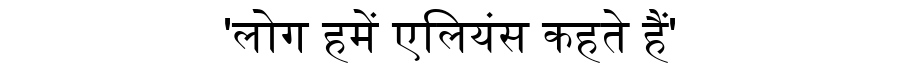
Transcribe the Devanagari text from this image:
'लोग हमें एलियंस कहते हैं'